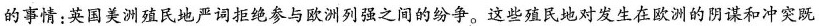
的事情：英国美洲殖民地严词拒绝参与欧洲列强之间的纷争。这些殖民地对发生在欧洲的阴谋和冲突既